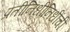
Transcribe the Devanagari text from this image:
प्रतीनिधीनिधींची